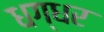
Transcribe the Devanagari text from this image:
धग्धर